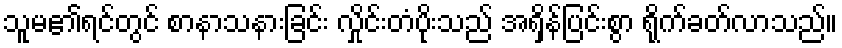
သူမ၏ရင်တွင် စာနာသနားခြင်း လှိုင်းတံပိုးသည် အရှိန်ပြင်းစွာ ရိုက်ခတ်လာသည်။